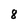
Character: 8